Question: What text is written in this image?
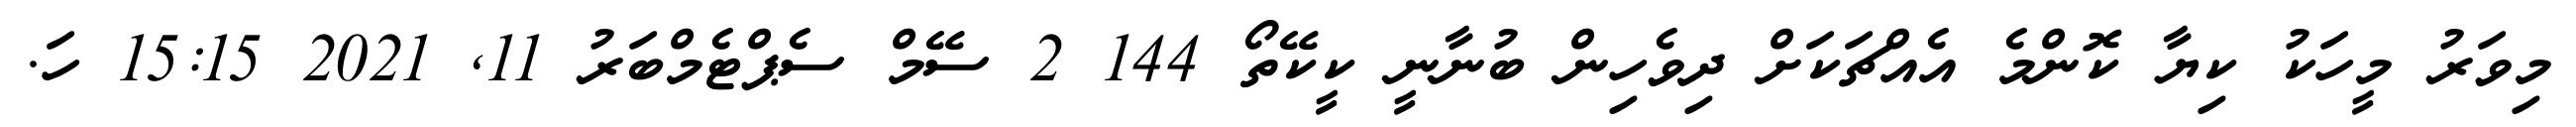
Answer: މިވަރު މީހަކު ކިޔާ ކޮންމެ އެއްޗަކަށް ދިވެހިން ބުނާނީ ކީކޭތޯ 144 2 ސޭމް ސެޕްޓެމްބަރު 11, 2021 15:15 ހަ.